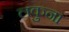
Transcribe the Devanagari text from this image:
लकुना